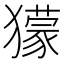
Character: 獴